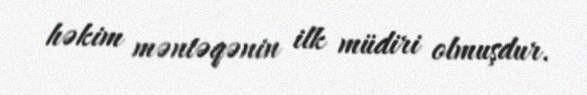
həkim məntəqənin ilk müdiri olmuşdur.